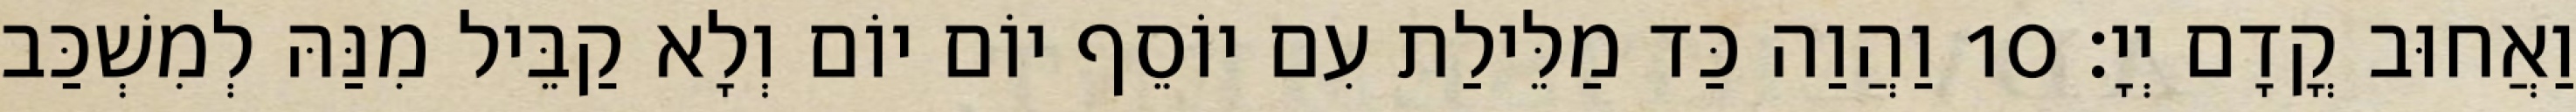
וַאֲחוּב קֳדָם יְיָ׃ 10 וַהֲוַה כַּד מַלֵּילַת עִם יוֹסֵף יוֹם יוֹם וְלָא קַבֵּיל מִנַּהּ לְמִשְׁכַּב